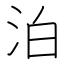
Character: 泊